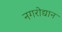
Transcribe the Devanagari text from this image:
नगरोद्यान